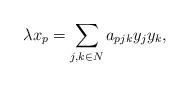
LaTeX: \begin{align*} \lambda x_p = \sum\limits_{j,k\in N} a_{pjk} y_j y_k,\end{align*}